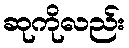
ဆုကိုလည်း